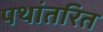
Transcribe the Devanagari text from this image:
पथांतरित